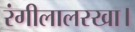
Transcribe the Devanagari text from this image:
रंगीलालरखा।